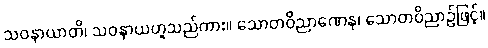
သဝနာယာတိ၊ သဝနာယဟူသည်ကား။ သောတဝိညာဏေန၊ သောတဝိညာဉ်ဖြင့်။